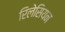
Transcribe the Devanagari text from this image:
रिलेसियन